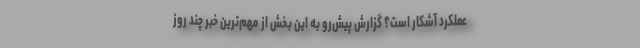
عملکرد آشکار است؟ گزارش پیش‌رو به این بخش از مهم‌ترین خبر چند روز